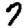
Digit: 7